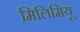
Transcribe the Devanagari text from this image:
मिलिमियू